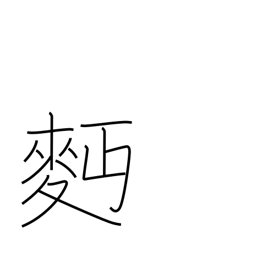
Meaning: wheat flour